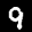
Label: 9